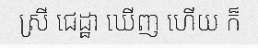
ស្រី ជេដ្ឋា ឃើញ ហើយ ក៏